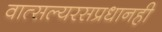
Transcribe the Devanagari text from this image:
वात्सल्यरसप्रधानही